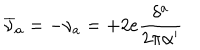
LaTeX: \overline { { { \nu } } } _ { a } = - \nu _ { a } = + 2 e \frac { \delta ^ { a } } { 2 \pi \alpha ^ { \prime } }